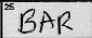
Transcription: BAR